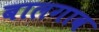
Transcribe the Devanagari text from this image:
बालगाव